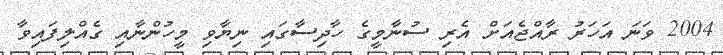
2004 ވަނަ އަހަރު ރާއްޖެއަށް އެރި ސުނާމީގެ ހާދިސާގައި ނިޔާވި މީހުންނާއި ގެއްލިފައިވާ